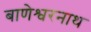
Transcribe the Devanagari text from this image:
बाणेश्वरनाथ